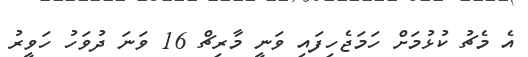
އެ މެޗު ކުޅުމަށް ހަމަޖެހިފައި ވަނީ މާރިޗް 16 ވަނަ ދުވަހު ހަވީރު